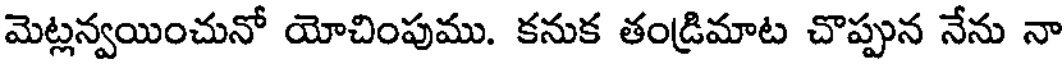
మెట్లన్వయించునో యోచింపుము. కనుక తండ్రిమాట చొప్పున నేను నా